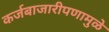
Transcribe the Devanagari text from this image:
कर्जबाजारीपणामुळे